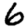
Digit: 6